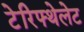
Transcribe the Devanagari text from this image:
टेरिफ्थेलेट